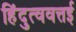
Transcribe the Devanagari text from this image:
हिंदुत्ववत्तई